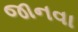
જાનવા